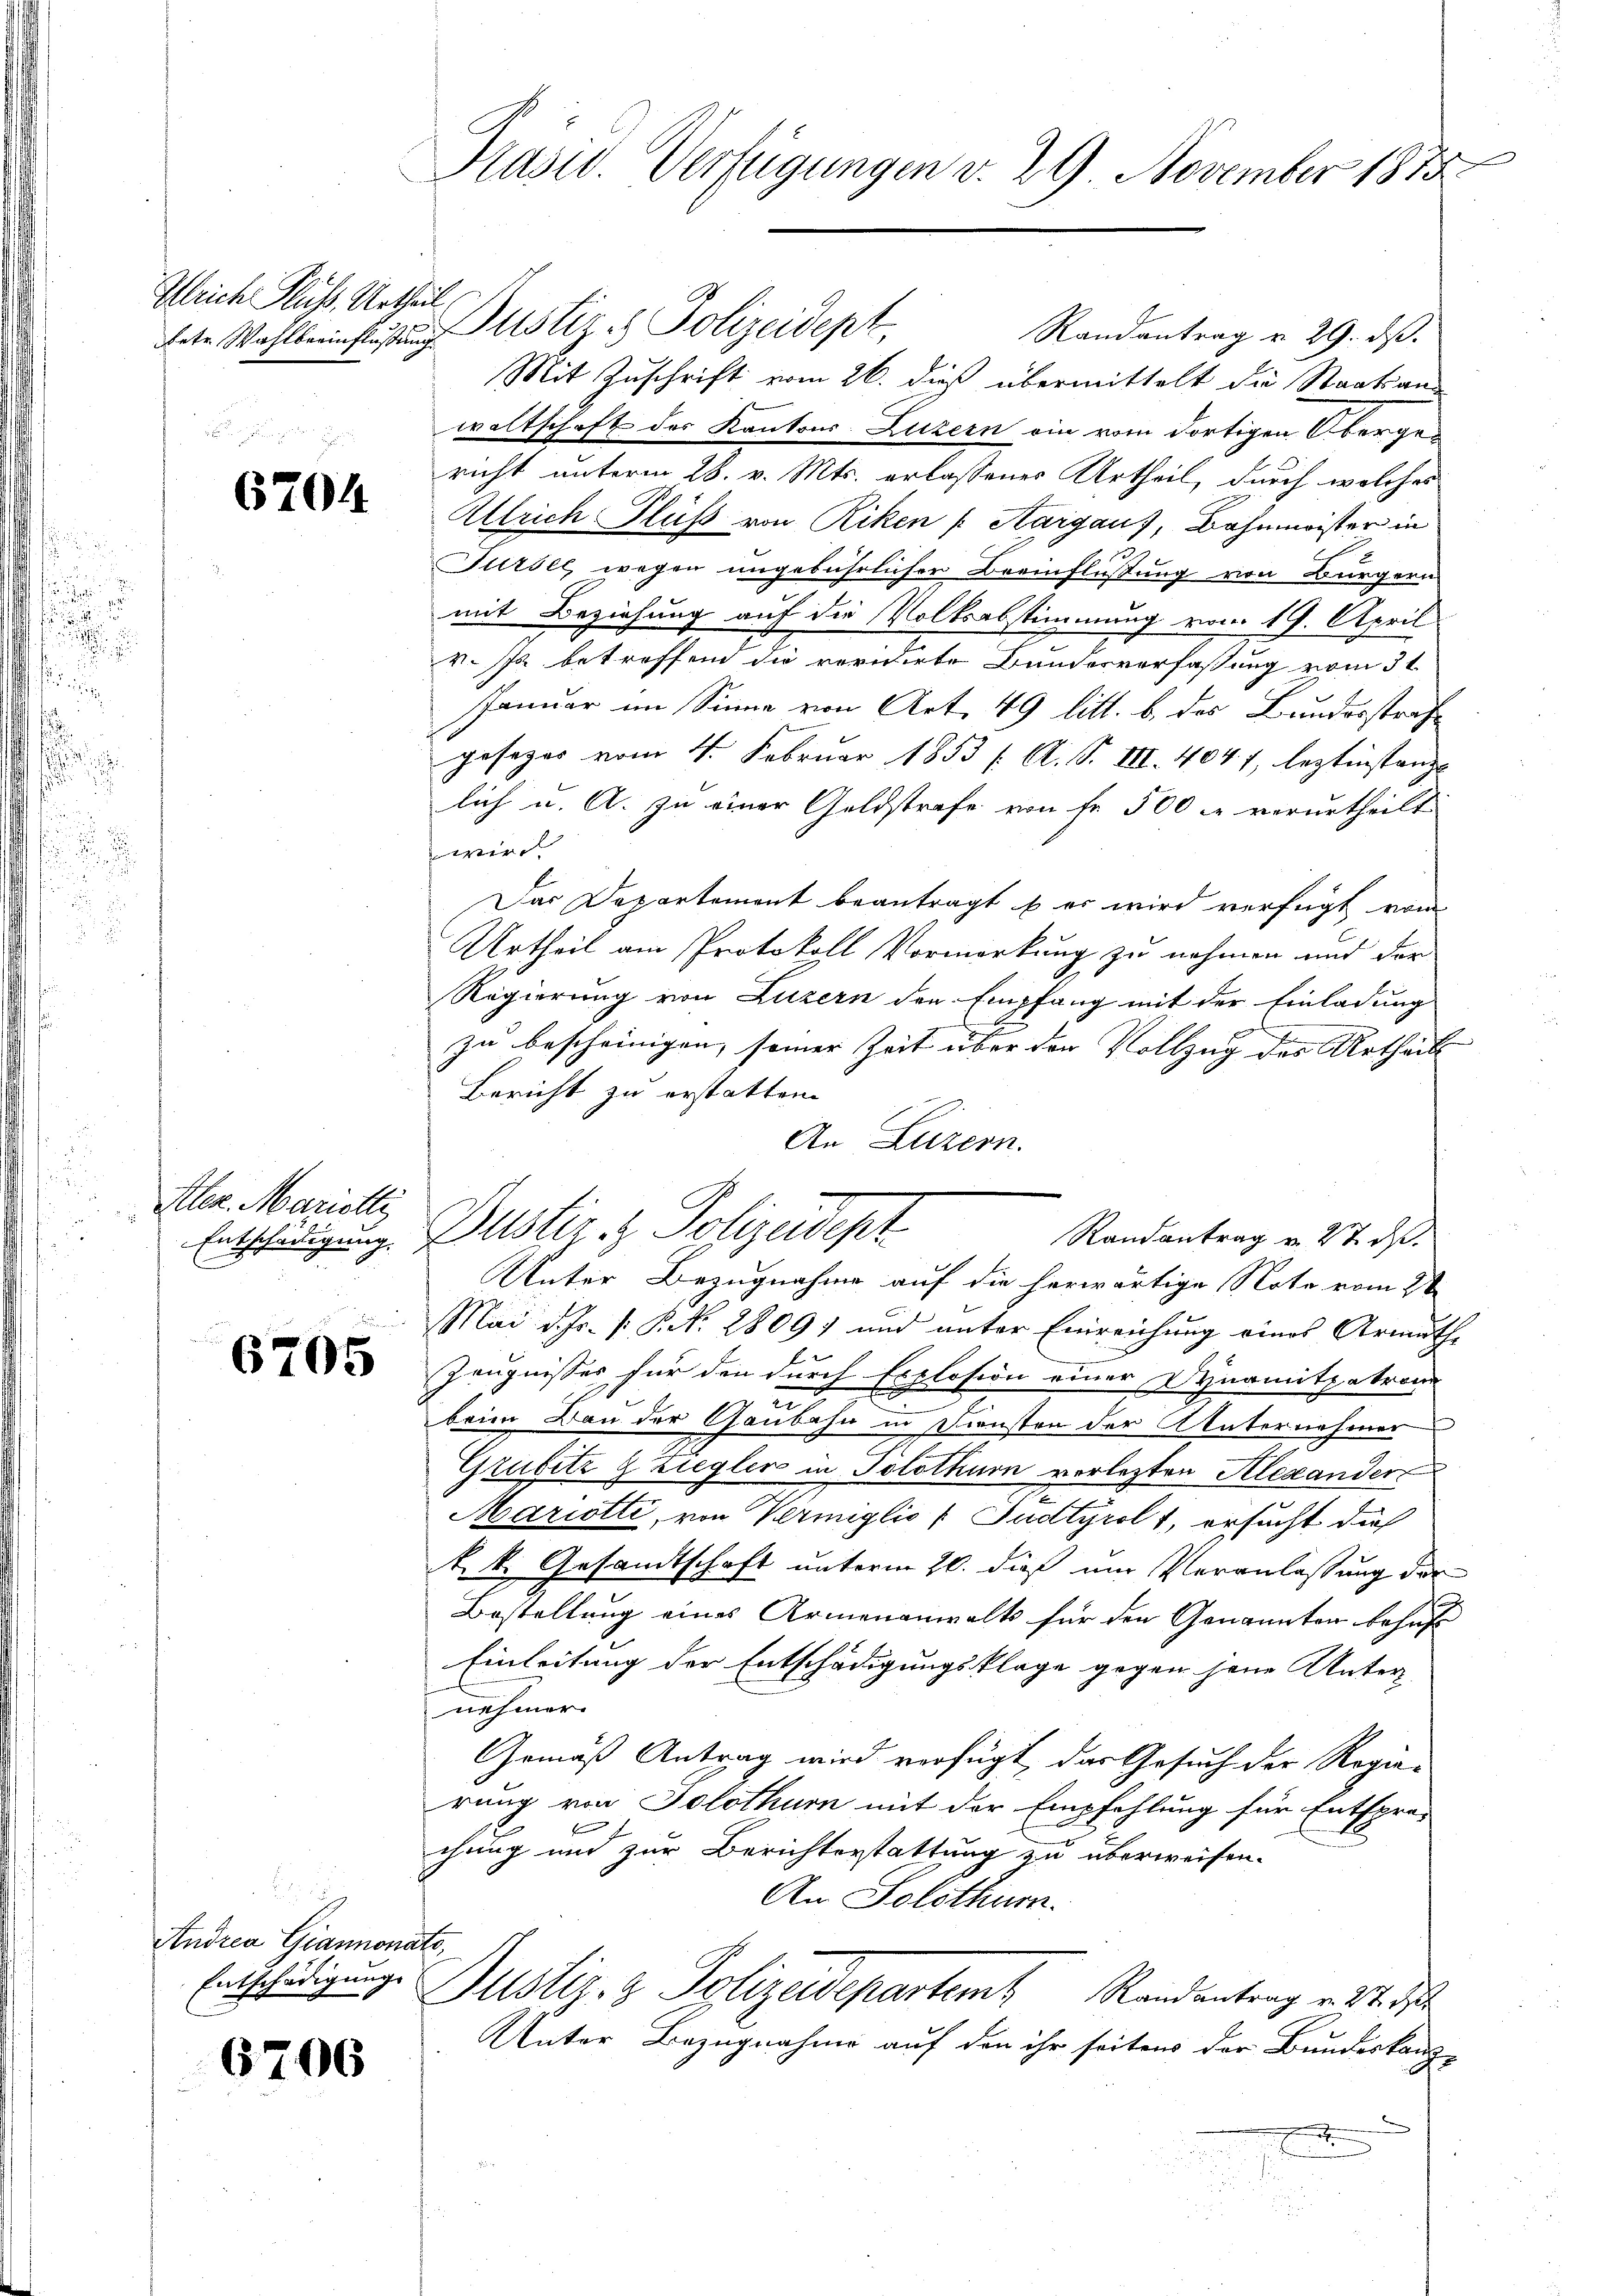
.

Gleich Fluss. Urtheil.

6704

Aler. Mariette

6705

.
Andrea Giannonate,
Entschädigung

6706

Kasio Verfügungen v. 29. November 1875.

tete Wahlberinflußung Justiz & Polizeidept,
Randantrag u. 29. ds.
Mit Zuschrift vom 26. dieß übermittelt die Staatsan-
waltschaft des Kantons Luzern ein vom dortigen Obergericht unterm 28. v. Mts. erlassener Urtheil, durch welches
Ullrich Fluss von Riken ( Aargaus, Bahnmeister in
u
Tiroll, wegen ungebührlicher Beeinflüßung von Bürgern
mit Beziehung auf die Volksabstimmung vom 19. April
v. Js. betreffend die revidirte Bundesverfassung vom 3t
Januar im Sinne von Art. 49 litt. b. des Bundesstrafgesezes vom 4. Februar 1853 /: A. S. III. 4041, leztinstanze
lich u. A. zu einer Geldstrafe von fr. 500 l. verurtheilt
wir
Das Departement beantragt b er wird verfügt vom
Urtheil am Protokoll Vormerkung zu nehmen und der
Regierung von Luzern den Empfang mit der Einladung
zu bescheinigen, seiner Zeit über der Vollzug des Urtheil
Bericht zu erstatten.
An Luzern.
Randantrag v. 27. ds.
Unter Bezugnahme auf die herwärtige Note vom 2ten
Mai d. Js. [ P. Nr. 2809) und unter Einreichung eines Armuth-
Zeugnisses für den durch Explosion einer Dynamitpatrone
beim Dan der Gaubahn in Diensten der Unternehmer
Grubitz g Ziegler in Solothurn vorletzten Alexander
Mariotti, von Vermiglio (Sudtyrol, ersucht dies
.k. Gesandtschaft unterm 20. dieß nur Veranlassung der
Bestellung eines Armenanwalts für den Genannten behuf
Einleitung der Entschädigungsklage gegen jene Unternehmer.
Gemäß Antrag wird verfügt, das Gesuch der Regie-
rung von Solothurn mit der Empfehlung für Entspre-
se
chung und zur Berichterstattung zu überweisen.
An Solothur.
Justiz- & Polizeidepartem Randantrag v. 27. d
Unter Bezugnahme auf den ihr seitens der Bundeskanz-

Entschädigung Dustiz & Polizeidept